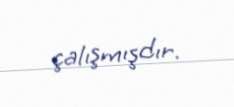
çalışmışdır.